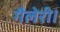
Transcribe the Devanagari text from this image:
गैलेरी।